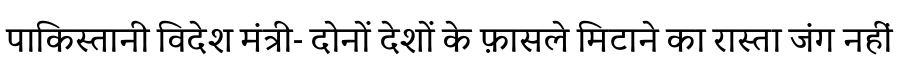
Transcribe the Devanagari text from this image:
पाकिस्तानी विदेश मंत्री- दोनों देशों के फ़ासले मिटाने का रास्ता जंग नहीं